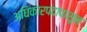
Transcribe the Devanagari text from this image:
अधिकारपदापासून